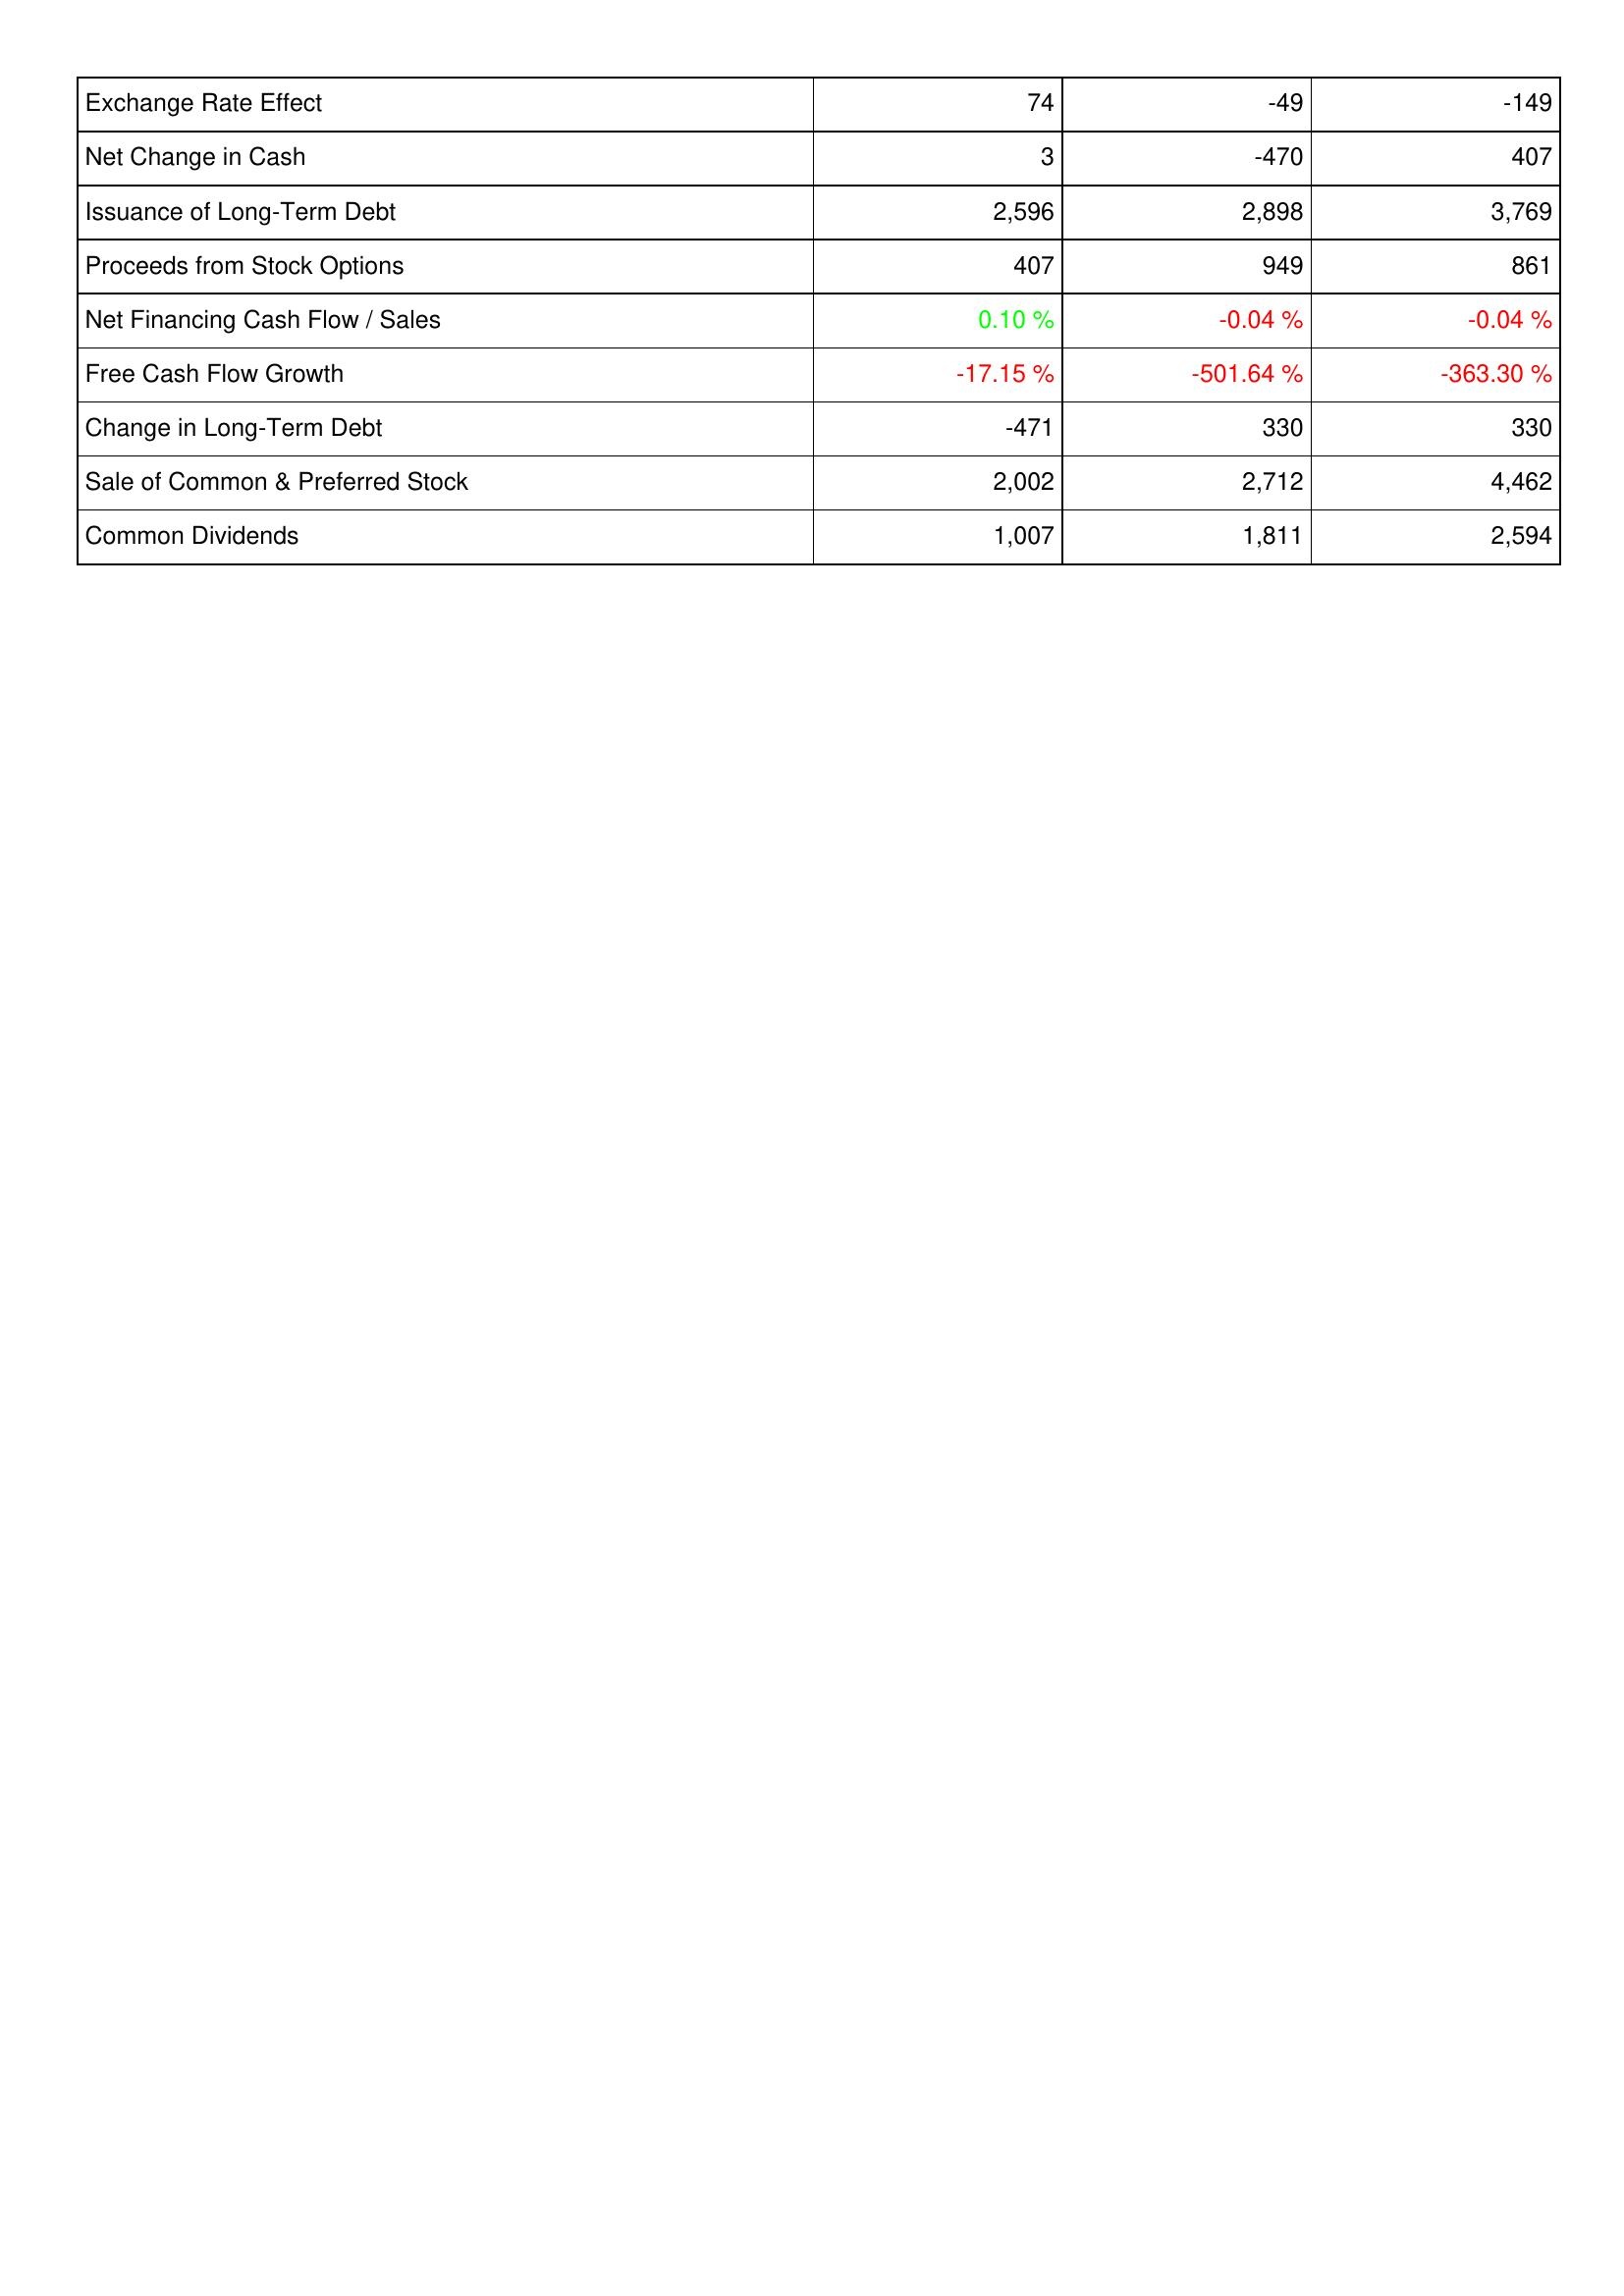
2015: Financing Activities: Exchange Rate Effect: 74
Net Change in Cash: 3
Issuance of Long-Term Debt: 2,596
Proceeds from Stock Options: 407
Net Financing Cash Flow / Sales: 0.10 %
Free Cash Flow Growth: -17.15 %
Change in Long-Term Debt: -471
Sale of Common & Preferred Stock: 2,002
Common Dividends: 1,007
2016: Financing Activities: Exchange Rate Effect: -49
Net Change in Cash: -470
Issuance of Long-Term Debt: 2,898
Proceeds from Stock Options: 949
Net Financing Cash Flow / Sales: -0.04 %
Free Cash Flow Growth: -501.64 %
Change in Long-Term Debt: 330
Sale of Common & Preferred Stock: 2,712
Common Dividends: 1,811
2017: Financing Activities: Exchange Rate Effect: -149
Net Change in Cash: 407
Issuance of Long-Term Debt: 3,769
Proceeds from Stock Options: 861
Net Financing Cash Flow / Sales: -0.04 %
Free Cash Flow Growth: -363.30 %
Change in Long-Term Debt: 330
Sale of Common & Preferred Stock: 4,462
Common Dividends: 2,594